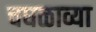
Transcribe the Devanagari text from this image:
चघळाव्या